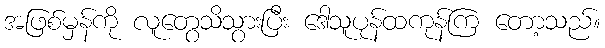
အဖြစ်မှန်ကို လူတွေသိသွားပြီး ဒေါသူပုန်ထကုန်ကြ တော့သည်။